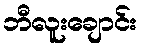
ဘီလူးချောင်း